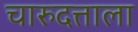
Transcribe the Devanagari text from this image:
चारुदत्ताला